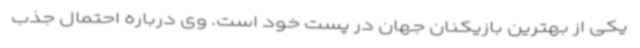
یکی از بهترین بازیکنان جهان در پست خود است. وی درباره احتمال جذب